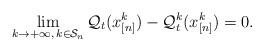
LaTeX: \begin{align*}\displaystyle \lim_{k \rightarrow +\infty,\, k \in \mathcal{S}_n} \mathcal{Q}_{t}(x_{[n]}^{k})-\mathcal{Q}_{t}^{k}(x_{[n]}^{k} )=0.\end{align*}